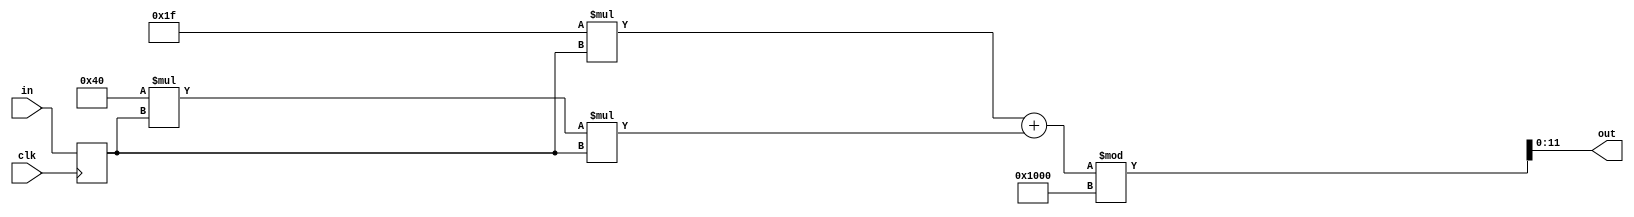
module AddrEncoder(clk, in, out );
   input clk;
   input [11:0] in;
   output [11:0] out;

   wire          clk;
   wire [11:0]   in;
   wire [11:0]   out;
   reg [11:0]    i;
   reg [11:0]    pi;
   // sequential State transitioning block

   parameter f1 = 31;
   parameter f2 = 64;
   parameter K = 4096;

   always @(posedge clk)
      i <= in;

   // combinational state-transition determination
   always @(i) begin
      pi <= (f1*i + f2*i*i) % K;
   end

   assign out = pi;

endmodule